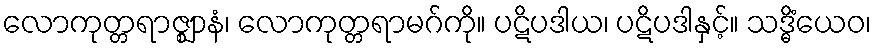
လောကုတ္တရာဇ္ဈာနံ၊ လောကုတ္တရာမဂ်ကို။ ပဋိပဒါယ၊ ပဋိပဒါနှင့်။ သဒ္ဓိံယေဝ၊